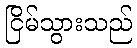
ငြိမ်သွားသည်